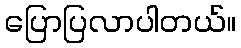
ပြောပြလာပါတယ်။